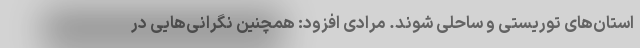
استان‌های توریستی و ساحلی شوند. مرادی افزود: همچنین نگرانی‌هایی در